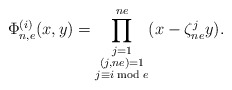
\begin{align*} \Phi_{n,e}^{(i)}(x,y)=\prod^{ne}_{\substack{j=1 \\ (j,ne)=1\\ j\equiv i \bmod e}}(x-\zeta^j_{ne}y).\end{align*}